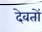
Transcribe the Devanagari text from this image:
देवतों